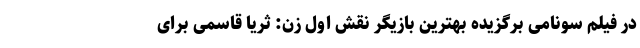
در فیلم سونامی برگزیده بهترین بازیگر نقش اوّل زن: ثریا قاسمی برای